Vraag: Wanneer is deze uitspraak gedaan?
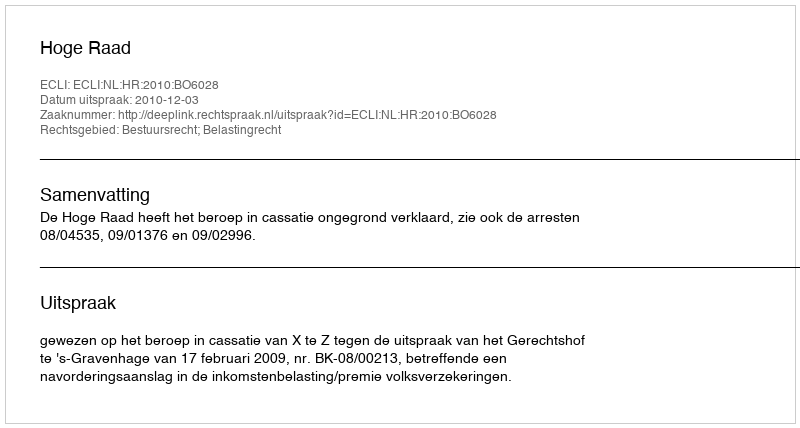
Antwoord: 2010-12-03